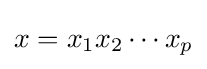
x=x_{1}x_{2}\cdots x_{p}